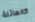
كالعائلة